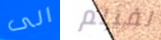
الى لفيلم